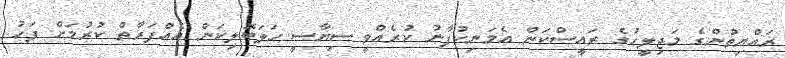
ރައްޔިތުންގެ މަޖިލީހުގެ ރައީސްކަަން އެމަނިކުފާނު ކުރެއްވީ ސިޔާސީ ހަލަބޮލިކަން އެއްފަރާތް ކުރުމަށް ފަހު